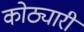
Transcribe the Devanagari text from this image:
कोठ्यारी